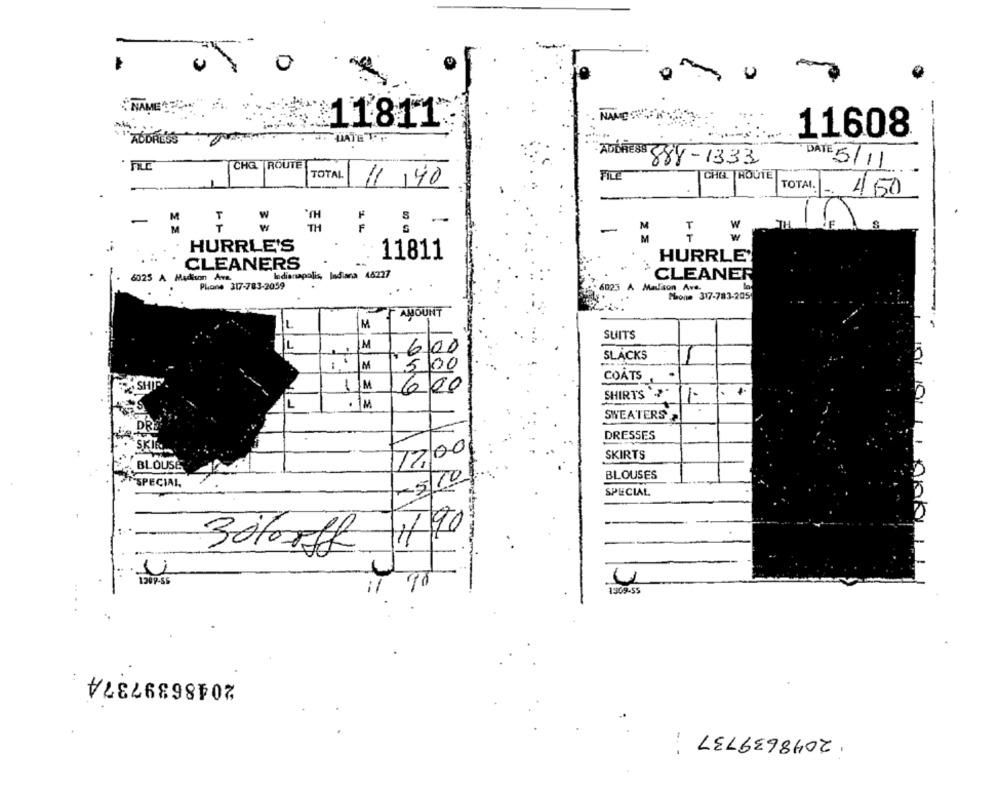
0
"NAME" ?? "
NAME
11811
11608
ADDRESS
CHG | ROUTE
ADDRESS 888-1333
5/11
FILE
TOTAL
11 40
CHOL |ROUTE
TOTAL.
450
TH
F
-
-
F
TH
-
M
M
W
..
HURRLE'S
.
11811
HURRLE'
CLEANERS
6025 A Madison Ave.
Indianapolis, ladiara 46227
CLEANER
Phone 317-783-2059
- 6023 A Madison Ave.
Phone 317-783-205
F AMOUNT
M
-
SUITS
L
M
6 00
SLACKS
M
5,00
COATS
1
M
600
SHIRTS ?"
L
.
SWEATERS
DRESSES
SKIRTS
BLOUSE
12,00
BLOUSES
SPECIAL
SPECIAL
30%off 1190
10/01/1000
120P-SE
1309-55
2048639737A
2048639737;